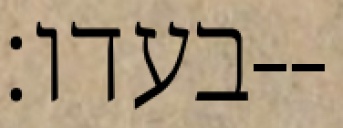
בעדו׃--